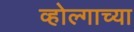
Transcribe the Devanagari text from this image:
व्होल्गाच्या